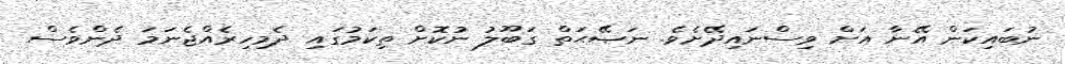
ނުބައިކަން އޭނާ އަށް ވިސްނައިދޭށެވެ. ނަޞޭޙަތް ގަބޫލު ނުކޮށް ތިކަމުގައި ދެމިހިރެއްޖެނަމަ ދެންވެސް